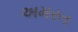
અમરત